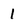
Character: 1